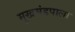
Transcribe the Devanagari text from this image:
मुखमंडपाला